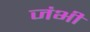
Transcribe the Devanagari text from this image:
जंभी